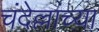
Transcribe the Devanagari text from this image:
चंदेल्लांच्या